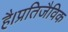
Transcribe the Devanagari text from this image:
है।प्रतिजैविक